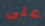
على